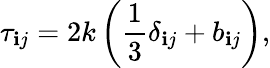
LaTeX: \tau_{\mathbf{i}j}=2k\left(\frac{{1}}{{3}}\delta_{\mathbf{i}j}+b_{\mathbf{i}j}\right),